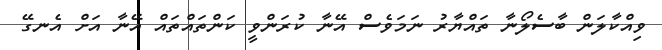
ވިއްކާލަން ބާސެލޯނާ ތައްޔާރު ނަމަވެސް އޭނާ ކުރަންވީ ކަންތައްތައް އޭނާ އަށް އެނގޭ